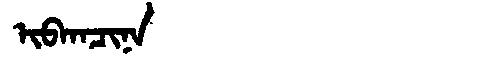
Manchu: ᡳᠪᡴᠠᠴᡳᠨᠠ
Romanization: IBKACINA